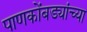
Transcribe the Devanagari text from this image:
पाणकोंबड्यांच्या